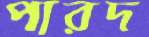
পারদ